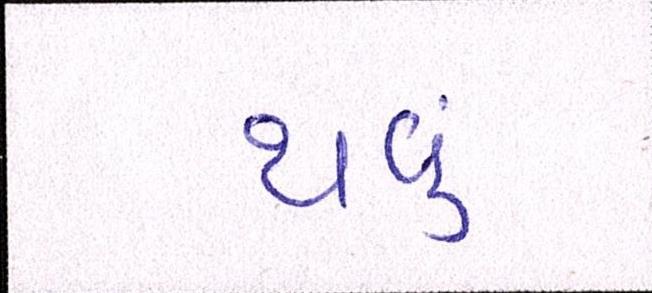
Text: થવું